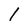
Character: l